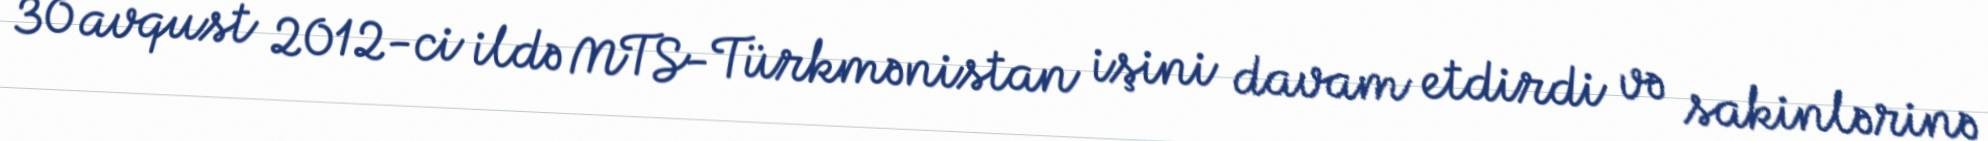
30 avqust 2012-ci ildə MTS-Türkmənistan işini davam etdirdi və sakinlərinə